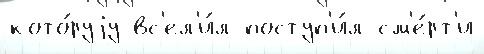
кото́руjу вс'ел'и́л поступ'и́л см'е́рт'и